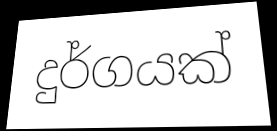
දුර්ගයක්